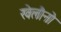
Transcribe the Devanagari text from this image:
खेलौनो